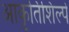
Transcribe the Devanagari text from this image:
आकृतिशिल्पे